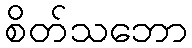
စိတ်သဘော